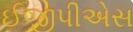
ઈજીપીએસ